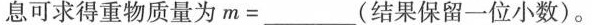
息可求得重物质量为$$m = ___$$(结果保留一位小数)。